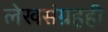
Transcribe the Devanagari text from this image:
लेखसंग्रहही